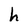
Character: h